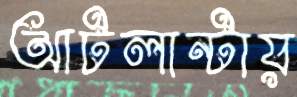
আটলান্টায়